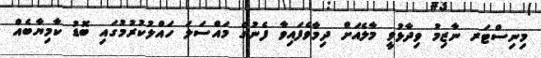
މިނިސްޓަރ ނާޒިމު ވިދާޅުވީ މާލެއަށް ދިމާވެފައިވާ ފެނުގެ މައްސަލަ ހައްލުކުރުމުގައި ބޮޑު ކާމިޔާބެއް